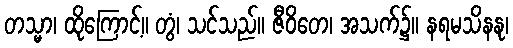
တသ္မာ၊ ထိုကြောင့်။ တွံ၊ သင်သည်။ ဇီဝိတေ၊ အသက်၌။ နရမသိနနု၊